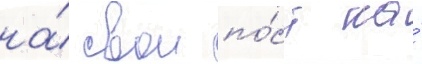
на́ свои по́ст на́